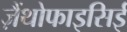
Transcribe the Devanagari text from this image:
ज़ैंथोफाइसिई